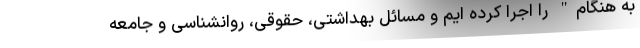
به هنگام" را اجرا کرده ایم و مسائل بهداشتی، حقوقی، روانشناسی و جامعه